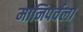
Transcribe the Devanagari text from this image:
मानिपर्वला